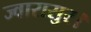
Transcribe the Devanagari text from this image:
ज्वारासुर।